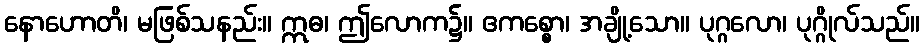
နောဟောတိ၊ မဖြစ်သနည်း။ ဣဓ၊ ဤလောက၌။ ဧကစ္စော၊ အချို့သော။ ပုဂ္ဂလော၊ ပုဂ္ဂိုလ်သည်။